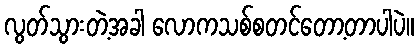
လွတ်သွားတဲ့အခါ လောကသစ်စတင်တော့တာပါပဲ။